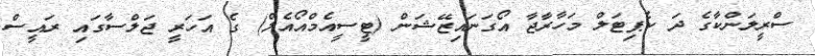
ސްރީލަންކާގެ ދަ ކެޕިޓަލް މަހާރާޖާ އޯގަނައިޒޭޝަން (ޓީސީއެމްއޯއެލް) ގެ އަހަރީ ޖަލްސާގައި ރައީސް